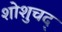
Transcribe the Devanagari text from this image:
शोशुचद्